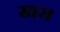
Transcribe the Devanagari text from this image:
खर।